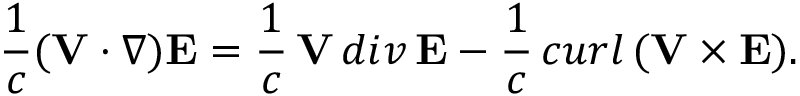
\frac { 1 } { c } ( { \bf V } \cdot \nabla ) { \bf E } = \frac { 1 } { c } \, { \bf V } \, d i v \, { \bf E } - \frac { 1 } { c } \, c u r l \, ( { \bf V } \times { \bf E } ) .